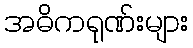
အဓိကရုဏ်းများ